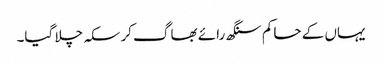
یہاں کے حاکم سنگھ رائے بھاگ کر سکہ چلا گیا۔